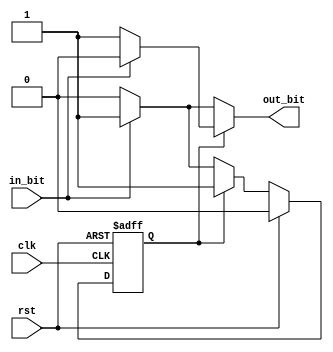
`timescale 1ns / 1ps
//////////////////////////////////////////////////////////////////////////////////
// Group:21
// Members:  Debanjan Saha [19CS30014], Pritkumar Godhani [19CS10048]
//  
// Module Name: TwosComplementor [main FSM module]
// Project Name: Assignment-5 Question 2
//
//////////////////////////////////////////////////////////////////////////////////
module TwosComplementor(in_bit, out_bit, clk, rst);
	input in_bit, clk, rst;
	output reg out_bit;
	reg next_state, present_state;
	
	/** Machine Description:
		- Input : in_bit, next bit of the number from LSB to MSB.
		- Type : Mealy
		- States : S0, S1 representating states occupied until and including the first 1 from LSB and there after respectively.
	*/
	parameter S0 = 1'b0, S1 = 1'b1;
	
	// Sequential Logic (Async Reset)
	always @ (posedge clk or posedge rst) begin
		if(rst)
			present_state <= S0;
		else 
			present_state <= next_state;
	end 
	
	// Next-State Logic
	always @ (*) begin
		if (rst)
			next_state = S0;
		else if(present_state == S0) begin
			if(in_bit)
				next_state = S1; // if 1 is read go to S1
			else
				next_state = S0; // stay in S0 if zero is read
		end
		else if(present_state == S1) 
			next_state = S1; // once in S1 stay in S1
		else 
			next_state = S0; // default to prevent latch
	end
	
	// Output Logic
	always @ (*) begin
		if (present_state == S0)
			out_bit = in_bit ? 1'b1 : 1'b0; // if in S0 output bit is same as input
		else if (present_state == S1)
			out_bit = in_bit ? 1'b0 : 1'b1; // if in S1 complement the input-bit
		else 
			out_bit = 1'b0; // default, to prevent latch
	end
endmodule